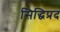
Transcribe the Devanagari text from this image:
सिद्धिप्रद